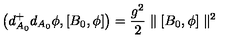
\left( d _ { A _ { 0 } } ^ { + } d _ { A _ { 0 } } \phi , [ B _ { 0 } , \phi ] \right) = { \frac { g ^ { 2 } } { 2 } } \parallel [ B _ { 0 } , \phi ] \parallel ^ { 2 }